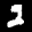
Label: 2